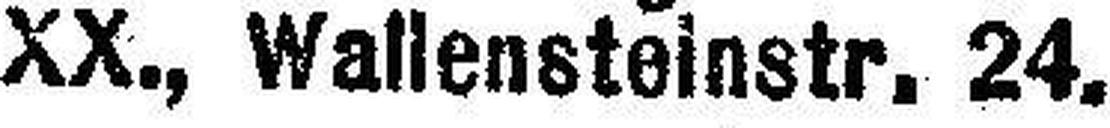
XX., Wallensteinstr. 24.